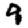
Digit: 9